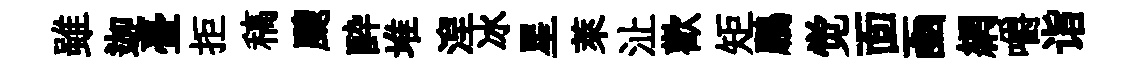
雖迦臺拒稿颼酔堆湼冰星萊沚歡矩鵬觉靣凾網嚼诣